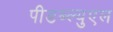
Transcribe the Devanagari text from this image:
पीडब्ल्युएल